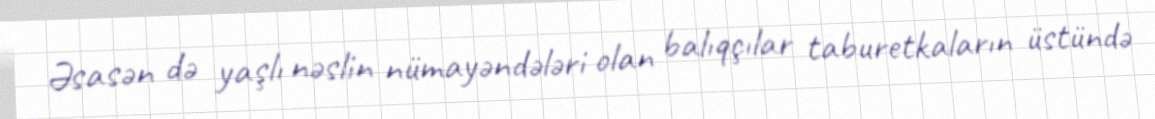
Əsasən də yaşlı nəslin nümayəndələri olan balıqçılar taburetkaların üstündə